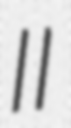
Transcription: II